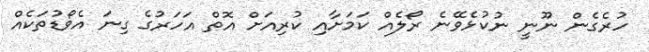
ހުރެގެން ނޫނީ ނުކުޅެވޭނެ ރޯލެއް ކަމަށާއި ކުރިއަށް އޮތް އަހަރުގެ ގިނަ އެވޯޑުތަކެއް